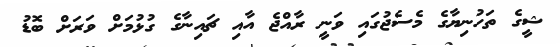
ޝީގެ ތަހުނިޔާގެ މެސެޖުގައި ވަނީ ރާއްޖެ އާއި ޗައިނާގެ ގުޅުމަށް ވަރަށް ބޮޑު